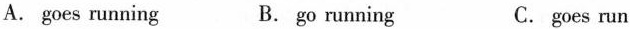
A.goes running B.go running C.goes run